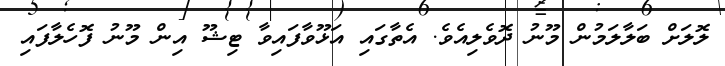
ލޮލަށް ބަލާލަމުން މޫނު ދޮވެލިއެވެ. އެތާގައި އަޅޫވާފައިވާ ޓިޝޫ އިން މޫނު ފޮހެލާފައި